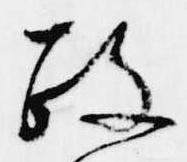
政